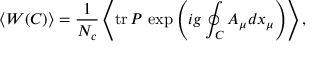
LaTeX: \left< W ( C ) \right> = \frac { 1 } { N _ { c } } \left< \mathrm { t r } { \, } P { \, } \exp \left( i g \oint _ { C } ^ { } A _ { \mu } d x _ { \mu } \right) \right> ,